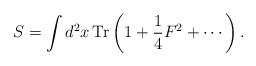
LaTeX: \begin{align*}S=\int d^{2}x\,\mathrm{Tr}\left( 1+\frac{1}{4}F^{2}+\cdots \right) .\end{align*}